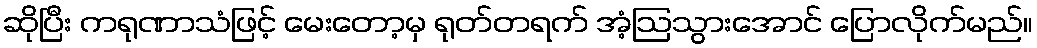
ဆိုပြီး ကရုဏာသံဖြင့် မေးတော့မှ ရုတ်တရက် အံ့ဩသွားအောင် ပြောလိုက်မည်။